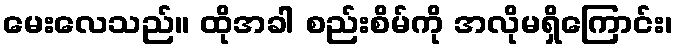
မေးလေသည်။ ထိုအခါ စည်းစိမ်ကို အလိုမရှိကြောင်း၊